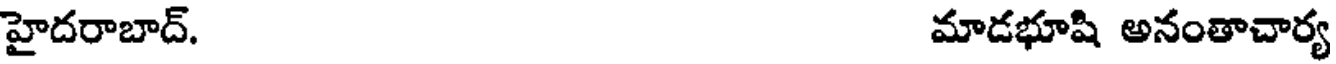
హైదరాబాద్. మాడభూషి అనంతాచార్య